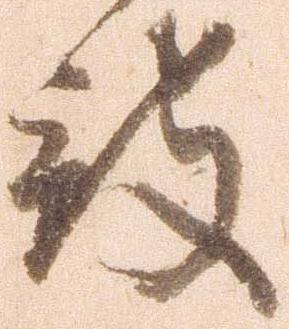
被